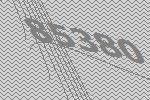
85380